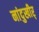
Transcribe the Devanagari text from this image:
नांदुखीर्